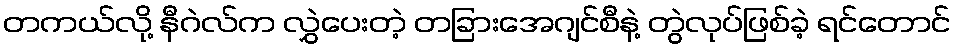
တကယ်လို့ နီဂဲလ်က လွှဲပေးတဲ့ တခြားအေဂျင်စီနဲ့ တွဲလုပ်ဖြစ်ခဲ့ ရင်တောင်